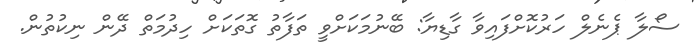
ސޯލާ ޕެނެލް ހަރުކޮށްފައިވާ ގާޑިޔާ: ބޭނުމަކަށްވީ ތަފާތު ގޮތަކަށް ހިދުމަތް ދޭން ނިކުތުން.